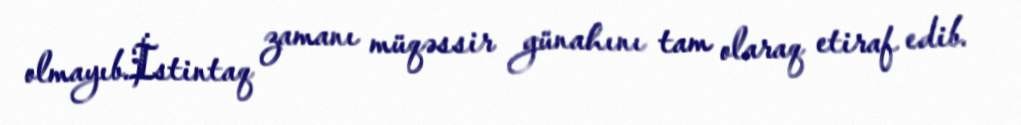
olmayıb.İstintaq zamanı müqəssir günahını tam olaraq etiraf edib.